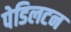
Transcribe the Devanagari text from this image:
पेडिलटन